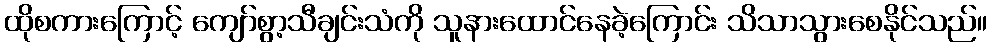
ထိုစကားကြောင့် ကျော်စွာ့သီချင်းသံကို သူနားထောင်နေခဲ့ကြောင်း သိသာသွားစေနိုင်သည်။